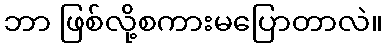
ဘာ ဖြစ်လို့စကားမပြောတာလဲ။